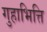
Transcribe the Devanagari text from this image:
गुहाभित्ति